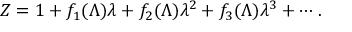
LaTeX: Z = 1 + f _ { 1 } ( \Lambda ) \lambda + f _ { 2 } ( \Lambda ) \lambda ^ { 2 } + f _ { 3 } ( \Lambda ) \lambda ^ { 3 } + \cdots .